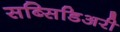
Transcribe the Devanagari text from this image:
सब्सिडिअरी